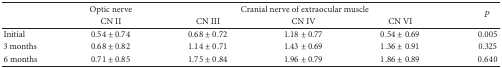
|  | Optic nerve | <COLSPAN=3> Cranial nerve of extraocular muscle | <ROWSPAN=2> P |
 |  | CN II | CN III | CN IV | CN VI |
 | --- | --- | --- | --- | --- | --- |
 | Initial | 0.54 ± 0.74 | 0.68 ± 0.72 | 1.18 ± 0.77 | 0.54 ± 0.69 | 0.005 |
 | 3 months | 0.68 ± 0.82 | 1.14 ± 0.71 | 1.43 ± 0.69 | 1.36 ± 0.91 | 0.325 |
 | 6 months | 0.71 ± 0.85 | 1.75 ± 0.84 | 1.96 ± 0.79 | 1.86 ± 0.89 | 0.640 |